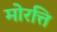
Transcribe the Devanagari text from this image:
मोरत्ति